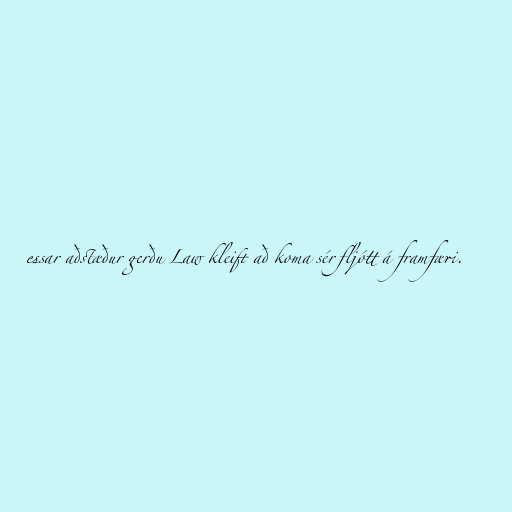
essar aðstæður gerðu Law kleift að koma sér fljótt á framfæri.